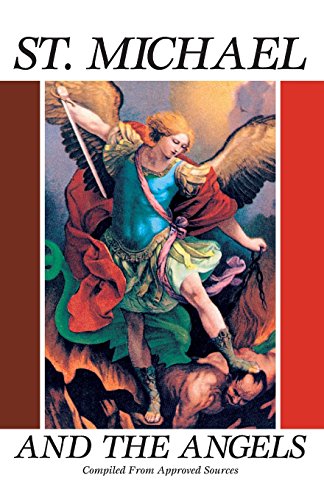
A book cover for St. Michael and the Angels:  A Month With St. Michael and the Holy Angels; Christian Books & Bibles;